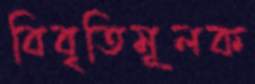
বিবৃতিমূলক